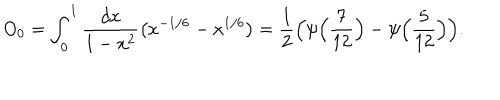
O _ { 0 } = \int _ { 0 } ^ { 1 } { \frac { d x } { 1 - x ^ { 2 } } } \bigl ( x ^ { - 1 / 6 } - x ^ { 1 / 6 } \bigr ) = { \frac { 1 } { 2 } } \Bigl ( \psi \Bigl ( { \frac { 7 } { 1 2 } } \Bigr ) - \psi \Bigl ( { \frac { 5 } { 1 2 } } \Bigr ) \Bigr ) .